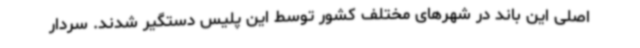
اصلی این باند در شهرهای مختلف کشور توسط این پلیس دستگیر شدند. سردار